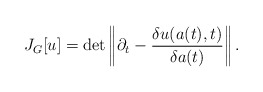
\begin{align*}J_G[u]=\det\left|\!\left|\partial_t-\frac{\delta u(a(t),t)}{\delta a(t)}\right|\!\right|.\end{align*}